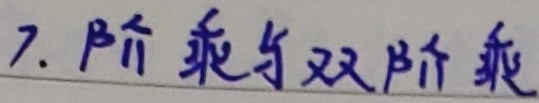
7. 阶乘与双阶乘